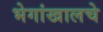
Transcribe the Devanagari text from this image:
भेगांखालचे